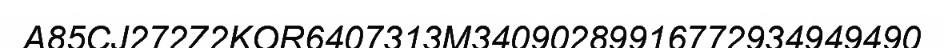
A85CJ272Z2KOR6407313M34090289916772934949490